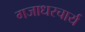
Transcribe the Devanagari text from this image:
गजाधरचार्य